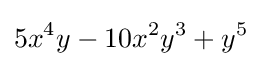
5x^{4}y-10x^{2}y^{3}+y^{5}